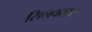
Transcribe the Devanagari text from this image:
सिलवस्टर